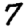
Digit: 7